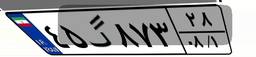
۴۶گ۱۶۶۹۳